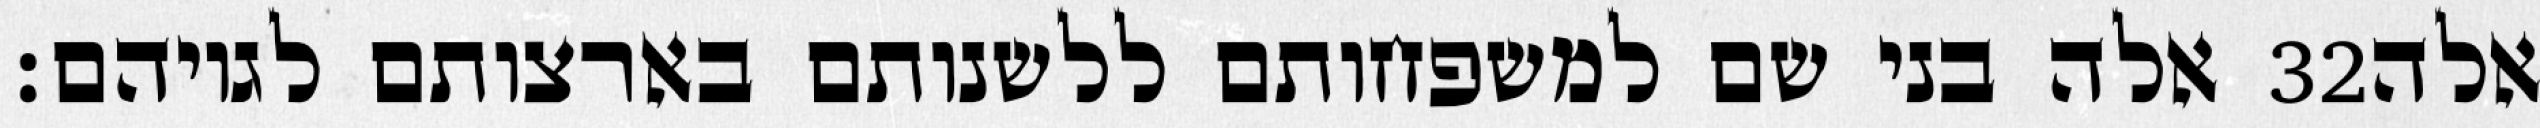
אלה בני שם למשפחותם ללשנותם בארצותם לגויהם׃ ‎32‏ אלה